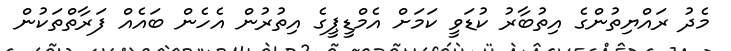
މެދު ރައްޔިތުންގެ އިތުބާރު ކުޑަވީ ކަމަށް އެމްޑީޕީގެ އިތުރުން އެހެން ބައެއް ފަރާތްތަކުން